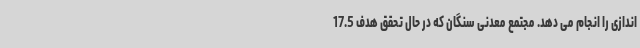
اندازی را انجام می دهد. مجتمع معدنی سنگان که در حال تحقق هدف 17.5